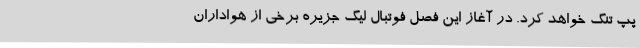
پپ تنگ خواهد کرد. در آغاز این فصل فوتبال لیگ جزیره برخی از هواداران